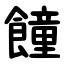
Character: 䭚